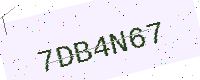
Text: 7DB4N67